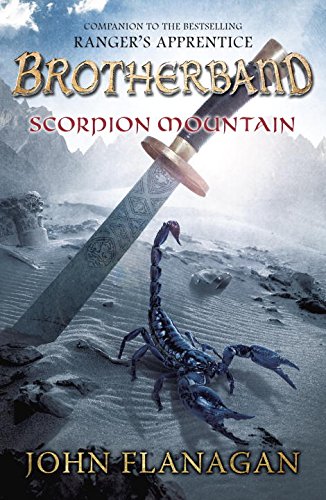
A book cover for Scorpion Mountain (The Brotherband Chronicles); John A. Flanagan; Children's Books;